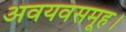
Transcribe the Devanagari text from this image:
अवयवसमूह।